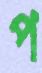
প